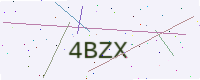
Text: 4BZX